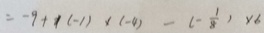
= - 9 + 1 ( - 1 ) \times ( - 4 ) - ( - \frac { 1 } { 8 } ) \times 6